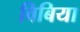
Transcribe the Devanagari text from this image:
विबिया